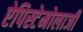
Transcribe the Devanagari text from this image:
ऐपिस्टेमोलाजी